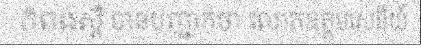
កំពង់ស្ពឺ បានបញ្ជាក់ថា លោកឧត្តមសេនីយ៍